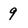
Character: 9